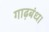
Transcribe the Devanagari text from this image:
गाढ़बंध।